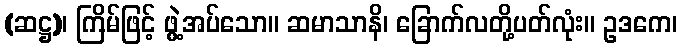
(ဆဋ္ဌ)၊ ကြိမ်ဖြင့် ဖွဲ့အပ်သော။ ဆမာသာနိ၊ ခြောက်လတို့ပတ်လုံး။ ဥဒကေ၊